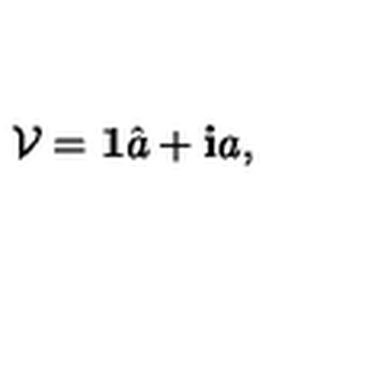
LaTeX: \mathcal { V } = { \mathrm { \bf 1 } } \hat { a } + { \mathrm { \bf i } } a ,